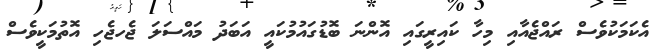
އެކަމަކުވެސް ރައްޖެއާއި މިހާ ކައިރީގައި އޮންނަ ބޮޑުގައުމުކައީ އަބަދު މައްސަލަ ޖެހޖެހި އޮތުމަކީވެސް